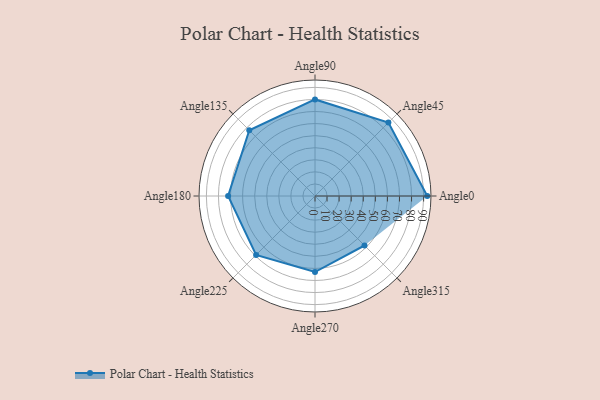
{"axis": {"x": "Angle", "y": "Radius"}, "legend": [""], "data": [{"x": "Angle0", "y": 93.0, "type": ""}, {"x": "Angle45", "y": 86.0, "type": ""}, {"x": "Angle90", "y": 80.0, "type": ""}, {"x": "Angle135", "y": 77.0, "type": ""}, {"x": "Angle180", "y": 72.0, "type": ""}, {"x": "Angle225", "y": 69.0, "type": ""}, {"x": "Angle270", "y": 63.0, "type": ""}, {"x": "Angle315", "y": 58.0, "type": ""}]}